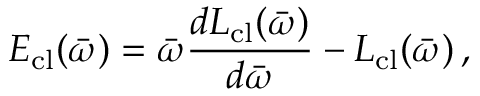
E _ { \mathrm { c l } } ( \bar { \omega } ) = \bar { \omega } \frac { d L _ { \mathrm { c l } } ( \bar { \omega } ) } { d \bar { \omega } } - L _ { \mathrm { c l } } ( \bar { \omega } ) \, ,